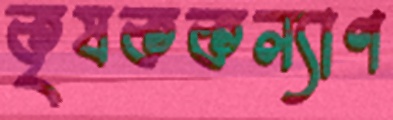
কৃষককল্যাণ